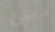
جريفن